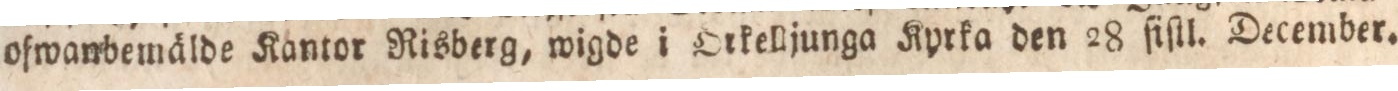
ofwanbemälde Kantor Risberg, wigde i Orkelljunga Kyrka den 28 ſiſtl. December.